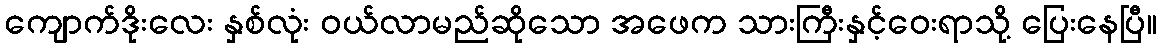
ကျောက်ဒိုးလေး နှစ်လုံး ဝယ်လာမည်ဆိုသော အဖေက သားကြီးနှင့်ဝေးရာသို့ ပြေးနေပြီ။